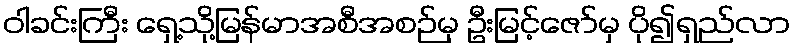
ဝါခင်းကြီး ရှေ့သို့မြန်မာအစီအစဉ်မှ ဦးမြင့်ဇော်မှ ပို၍ရှည်လာ